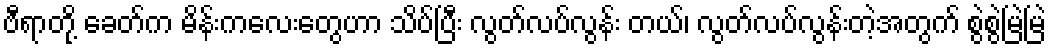
ဗီရာတို့ ခေတ်က မိန်းကလေးတွေဟာ သိပ်ပြီး လွတ်လပ်လွန်း တယ်၊ လွတ်လပ်လွန်းတဲ့အတွက် စွဲစွဲမြဲမြဲ